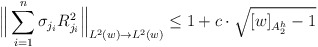
\begin{align*}\Big\|\sum_{i=1}^{n}\sigma_{j_{i}}R_{j_{i}}^{2}\Big\|_{L^{2}(w)\rightarrow L^{2}(w)}\leq1+c\cdot\sqrt{[w]_{A_{2}^{h}}-1}\end{align*}